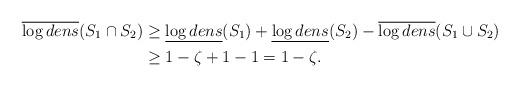
LaTeX: \begin{align*}\overline{\log dens}(S_1 \cap S_2) & \geq \underline{\log dens}(S_1)+\underline{\log dens}(S_2)-\overline{\log dens}(S_1 \cup S_2)\\&\geq 1- \zeta +1-1=1- \zeta.\end{align*}